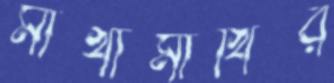
মাখামাখির